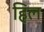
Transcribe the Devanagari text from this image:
हिल